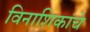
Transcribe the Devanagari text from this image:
विनाशिकांचे